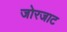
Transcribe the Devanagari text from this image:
जोरजाट